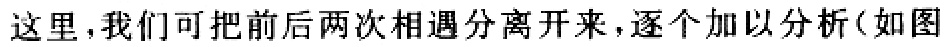
这里，我们可把前后两次相遇分离开来，逐个加以分析(如图